King Institute of Preventive Medicine Bacteriolog. Section reports 1907-08
Year: 1907
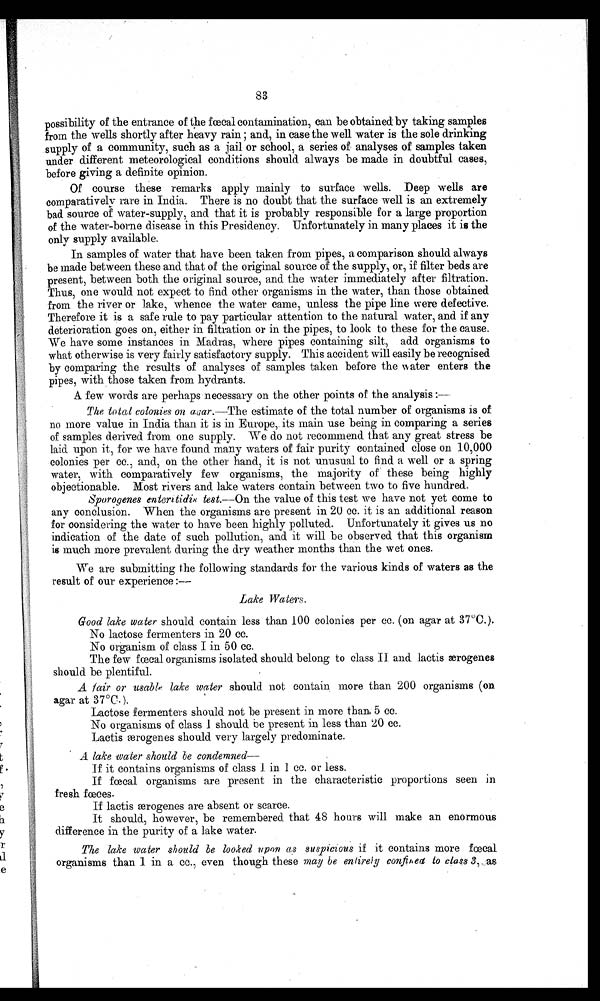
83
possibility of the entrance of the fœcal contamination, can be obtained by taking samples
from the wells shortly after heavy rain and, in case the well water is the sole drinking
supply of a community, such as a jail or school, a series of analyses of samples taken
under different meteorological conditions should always be made in doubtful cases,
before giving a definite opinion.
Of course these remarks apply mainly to surface wells. Deep wells are
comparatively rare in India. There is no doubt that the surface well is an extremely
bad source of water-supply, and that it is probably responsible for a large proportion
of the water-borne disease in this Presidency. Unfortunately in many places i.t is the
only supply available.
In samples of water that have been taken from pipes, a comparison should always
be made between these and that of the original source of the supply, or, if filter beds are
present, between both the original source, and the water immediately after filtration.
Thus, one would not expect to find other organisms in the water, than those obtained
from the river or lake, whence the water came, unless the pipe line were defective.
Therefore it is a safe rule to pay particular attention to the natural water, and if any
deterioration goes on, either in filtration or in the pipes, to look to these for the cause.
We have some instances in Madras, where pipes containing silt, add organisms to
what otherwise is very fairly satisfactory supply. This accident will easily be recognised
by comparing the results of analyses of samples taken before the IN ater enters the
pipes, with those taken from hydrants.
A few words are perhaps necessary on the other points of the analysis :-
The total colonies on acar. —The estimate of the total number of organisms is of
no more value in India than it is in Europe,. its main use being in comparing a series
of samples derived from one supply. We do not recommend that any great stress be
laid upon it, for we have found many waters of fair purity contained close on 10,000
colonies per cc., and, on the other hand, it is not unusual to find a well or a spring
water, with comparatively few organisms, the majority of these being highly
objectionable. Most rivers and lake waters contain between two to five hundred.
Sporogenes enteritidix test.—On the value of this test we have not yet come to
any conclusion. When the organisms are present in 20 cc. it is an additional reason
for considering the water to have been highly polluted. Unfortunately it gives us no
indication of the date of such pollution, and it will be observed that this organism
is much more prevalent during the dry weather months than the wet ones.
We are submitting the following standards for the various kinds of waters as the
result of our experience :—
Lake Waters.
Good lake water should contain less than 100 colonies per cc. (on agar at 37°C.).
No lactose fermenters in 20 cc.
No organism of class I in 50 cc.
The few faecal organisms isolated should belong to class II and lactis ærogenes
should be plentiful.
A fair or usable lake water should. not contain more than 200 organisms (on
agar at 37°C .).
Lactose fermenters should not be present in more than, 5 cc.
No organisms of class I should be present in less than 20 cc.
Lactis ærogenes should very largely predominate.
A lake water should be condemned—
If it contains organisms of class 1 in 1 cc. or less.
If foetal organisms are present in the characteristic proportions seen in
fresh faeces.
If lactis ærogenes are absent or scarce.
It should, however, be remembered that 48 hours will make an enormous
difference in the purity of a lake water.
The lake water should be looked upon as suspicious if it contains more f œ cal
organisms than 1. in a cc., even though these may be entirely confined to class 3 ..as